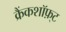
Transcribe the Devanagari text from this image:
क्रैंकशॉफ़्ट